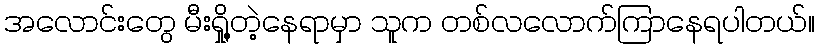
အလောင်းတွေ မီးရှို့တဲ့နေရာမှာ သူက တစ်လလောက်ကြာနေရပါတယ်။